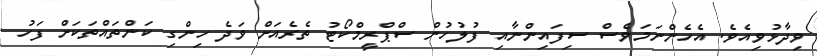
ވިދާޅުވިއެވެ. އެެެހެންނަމަވެސް ސިފައިންނާއި ފުލުހުން ސްޕްރީމްކޯޓު ތެރެއަށް ވަދެ ހިންގި ކަންތައްތަކަށް ފަހު